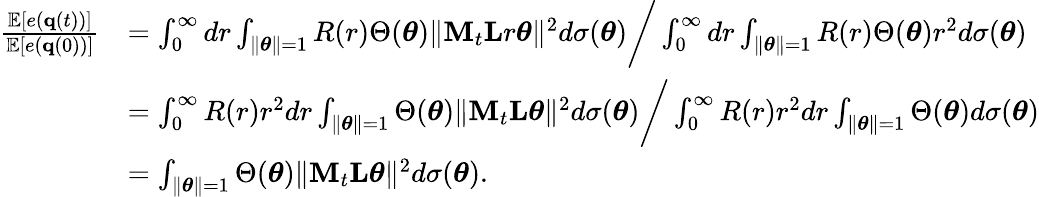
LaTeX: \begin{array}{rl}{\frac{\mathbb{E}[e({\mathbf q}(t))]}{\mathbb{E}[e({\mathbf q}(0))]}}&{=\int_{0}^{\infty}dr\int_{\| \boldsymbol{\theta}\| =1}R(r)\Theta(\boldsymbol{\theta})\| {\mathbf M}_{t}{\mathbf L}r\boldsymbol{\theta}\| ^{2}d\sigma(\boldsymbol{\theta})\bigg/\int_{0}^{\infty}dr\int_{\| \boldsymbol{\theta}\| =1}R(r)\Theta(\boldsymbol{\theta})r^{2}d\sigma(\boldsymbol{\theta})}\\ &{=\int_{0}^{\infty}R(r)r^{2}dr\int_{\| \boldsymbol{\theta}\| =1}\Theta(\boldsymbol{\theta})\| {\mathbf M}_{t}{\mathbf L}\boldsymbol{\theta}\| ^{2}d\sigma(\boldsymbol{\theta})\bigg/\int_{0}^{\infty}R(r)r^{2}dr\int_{\| \boldsymbol{\theta}\| =1}\Theta(\boldsymbol{\theta})d\sigma(\boldsymbol{\theta})}\\ &{=\int_{\| \boldsymbol{\theta}\| =1}\Theta(\boldsymbol{\theta})\| {\mathbf M}_{t}{\mathbf L}\boldsymbol{\theta}\| ^{2}d\sigma(\boldsymbol{\theta})\mathrm{.}}\end{array}